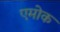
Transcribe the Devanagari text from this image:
एमोक